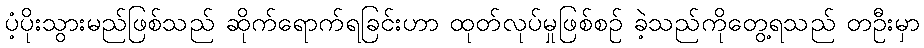
ပံ့ပိုးသွားမည်ဖြစ်သည် ဆိုက်ရောက်ရခြင်းဟာ ထုတ်လုပ်မှုဖြစ်စဉ် ခဲ့သည်ကိုတွေ့ရသည် တဦးမှာ